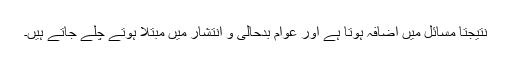
نتیجتاً مسائل میں اضافہ ہوتا ہے اور عوام بدحالی و انتشار میں مبتلا ہوتے چلے جاتے ہیں۔